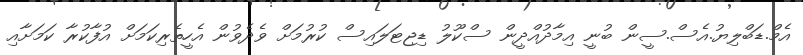
އެމް.ޑަބްލިޔު.އެސް.ސީން ބުނީ އިމާދުއްދީން ސްކޫލު ޑިޖިޓަލައިސް ކުރުމަށް ވެދެވުން އެހީތެރިކަމަށް އުފާކުރާ ކަމަށާއި